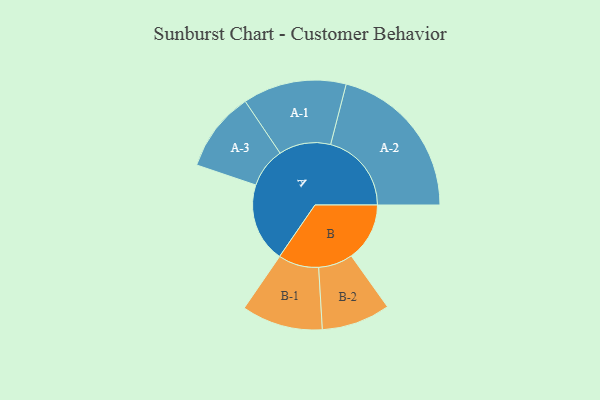
{"axis": {"x": "Segment", "y": "Value"}, "legend": ["", "A", "B"], "data": [{"x": "A", "y": 268, "type": ""}, {"x": "B", "y": 197, "type": ""}, {"x": "A-1", "y": 175, "type": "A"}, {"x": "A-2", "y": 273, "type": "A"}, {"x": "A-3", "y": 135, "type": "A"}, {"x": "B-1", "y": 137, "type": "B"}, {"x": "B-2", "y": 116, "type": "B"}]}